Calcutta medical institutions reports 1892-1900
Year: 1892
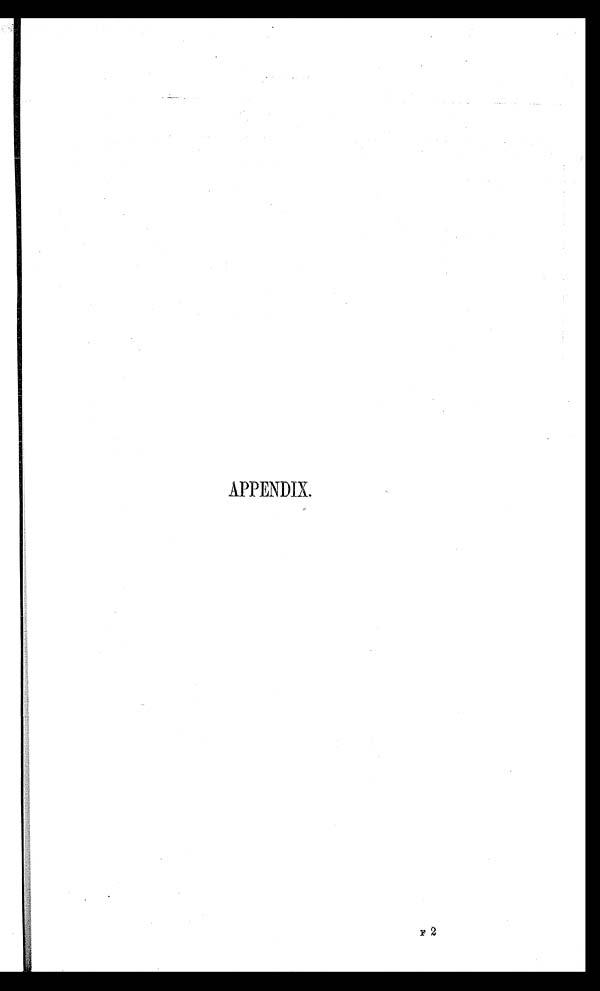
APPENDIX.
F 2